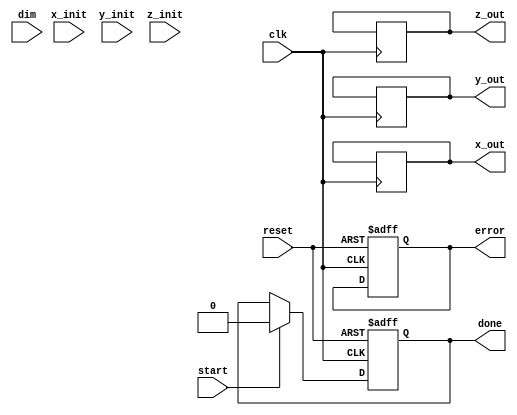
module cordic(
    input wire clk,
    input wire reset,
    input wire [31:0] x_init, // Initial X input
    input wire [31:0] y_init, // Initial Y input
    input wire [31:0] z_init, // Initial Z input (angle input)
    input wire start,
    input wire [3:0] dim, // Dimension control (2D, 3D, etc.)
    output reg [31:0] x_out, // Rotated X output
    output reg [31:0] y_out, // Rotated Y output
    output reg [31:0] z_out, // Rotated Z output (if applicable)
    output reg done,
    output reg error
);

    localparam MAX_ITER = 16; // Number of iterations for CORDIC
    reg [31:0] x, y, z;
    reg [3:0] count; // Iteration counter
    reg [31:0] angle; // Angle adjustment

    // Look-Up Table for arctangent values (in fixed point format)
    // This needs to be appropriately sized based on precision requirements
    reg [31:0] atan_lut [0:15];
    initial begin
        atan_lut[0] = 32'h00000000; // atan(2^0)
        atan_lut[1] = 32'h0000003F; // atan(2^-1)
        atan_lut[2] = 32'h00000020; // atan(2^-2)
        atan_lut[3] = 32'h00000014; // atan(2^-3)
        // ... Populate the full LUT for all iterations desired
    end

    always @(posedge clk or posedge reset) begin
        if (reset) begin
            x <= 32'h0;
            y <= 32'h0;
            z <= 32'h0;
            count <= 0;
            done <= 0;
            error <= 0;
        end else if (start) begin
            // Initialization of inputs
            x <= x_init;
            y <= y_init;
            z <= z_init;
            count <= 0;
            done <= 0;
        end else if (count < MAX_ITER) begin
            // CORDIC iteration
            angle <= z;
            if (z < 0) begin
                // Rotate clockwise
                x <= x + (y >> count);
                y <= y - (x >> count);
                z <= z + atan_lut[count];
            end else begin
                // Rotate counter-clockwise
                x <= x - (y >> count);
                y <= y + (x >> count);
                z <= z - atan_lut[count];
            end
            count <= count + 1;
        end else if (count == MAX_ITER) begin
            // Final results ready
            x_out <= x;
            y_out <= y;

            // Handle 3D output if needed
            if (dim == 3) begin
                z_out <= z; // Final angle or output could be defined
            end
            
            done <= 1; // Indicate completion of CORDIC processing
        end
    end

endmodule